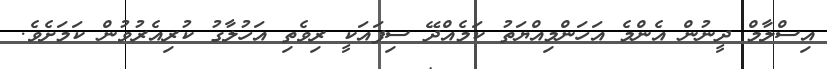
އިސްލާމް ދީނުން އެންމެ އަހަންމިއްޔަތު ކަމެއްދޭ ސިފައަކީ ރިވެތި އަހުލާގު ކުރިއެރުވުން ކަމަށެވެ.